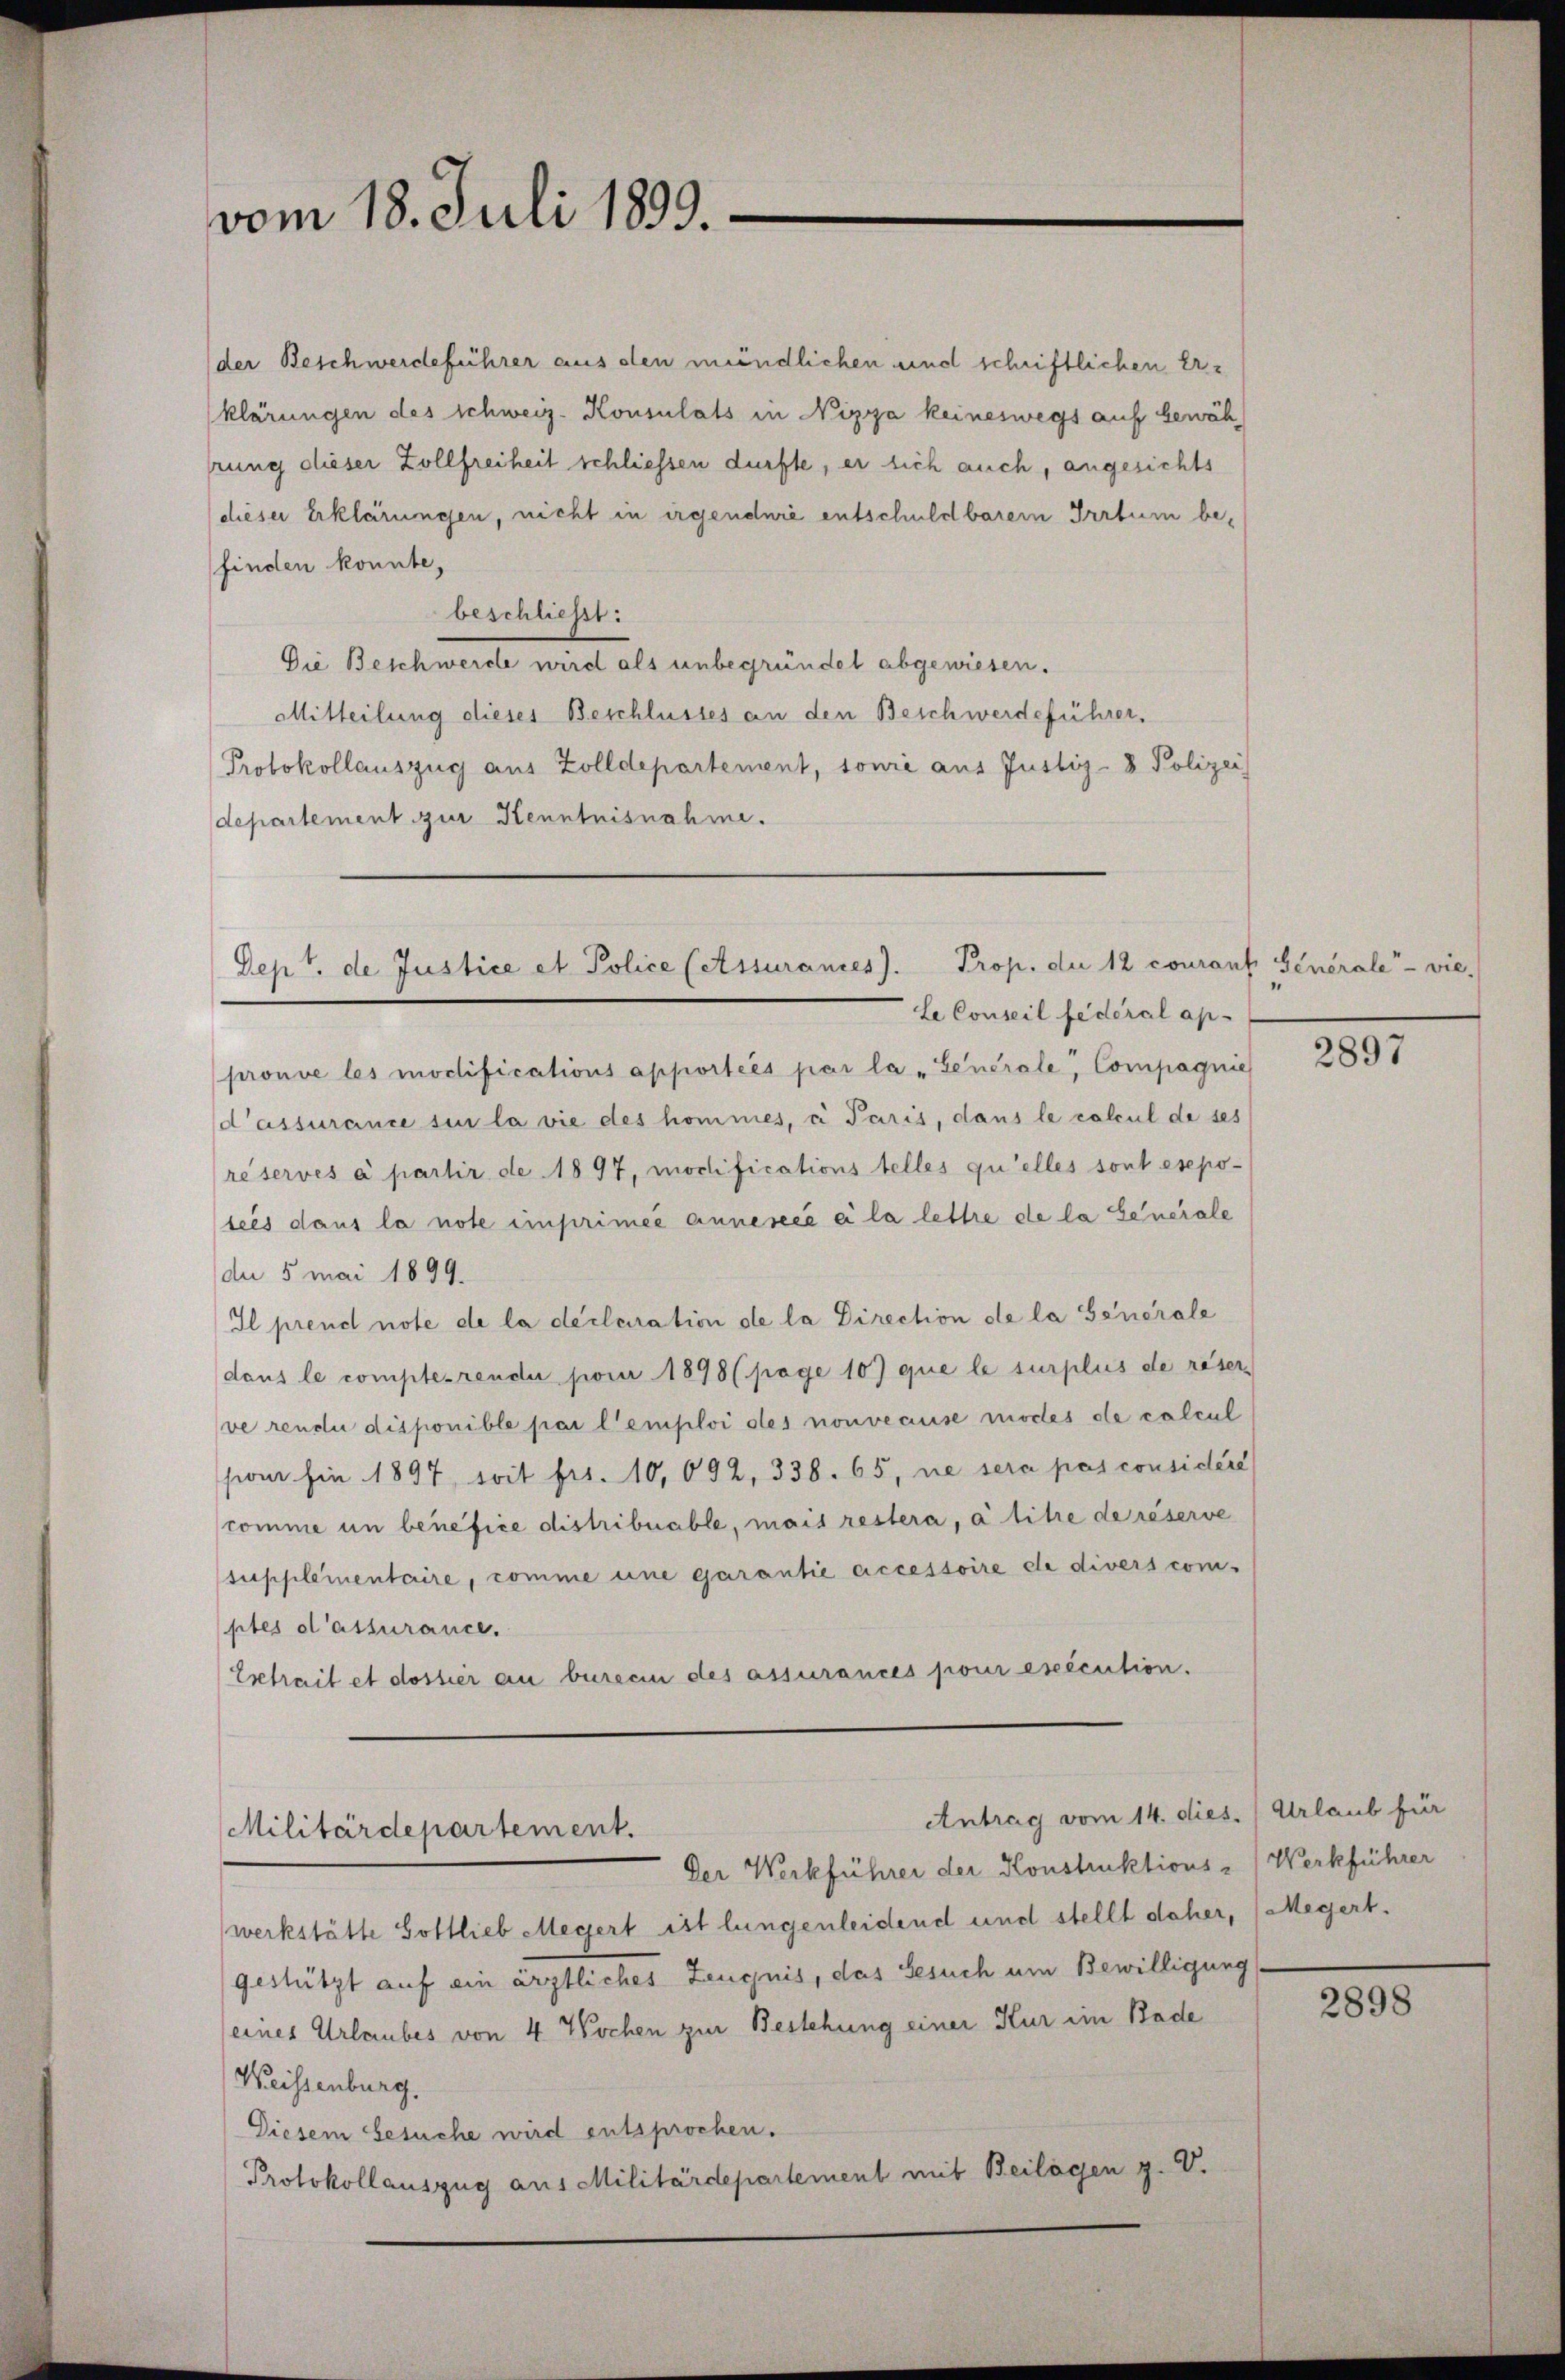
vom 18. Juli 1899.

der Beschwerdeführer aus den mündlichen und schriftlichen Erklärungen des schweiz. Konsulats in Nizza keineswegs auf gewäh
lung dieser Zollfreiheit schliessen dürfte, er sich auch, angesichts
dieser Erklärungen, nicht in irgendwie entschuldbarer Irrtum befinden konnte,
beschließt:
Die Beschwerde wird als unbegründet abgewiesen.
Mitteilung dieses Beschlusses an den Beschwerdeführer.
Protokollauszug aus Zolldepartement, sowie aus Justiz- & Polizei
departement zur Kenntnisnahme.
Le Conseil fédéral ap-
prouve les modifications apportées par la " Generale, Compagnie
d’assurance sin la vie des hommes, di Paris, dans le calcul de ses
réservés à partir de 1897, modifications telles qu’elles sont esepo-
teés dans la note imprimée annesecé ei la lettre de la Generale
de 5 mai 1899.
Il prend note de la déclaration de la Direction de la Generale
dans le compterendu pour 1898 (page 10) que le surplus de reser
ve rende disponible par l’emploi des nouveause modes de calcul
sion hin 1897, soit fr. 10,092, 338. 65, ne sera pas considéré
comme in benefice distribuable, mais restera, à titre de réserve
supplementaire, comme eine garantie accessoire de divers com-
ptes d’assurance.
Extrait et dossier an berecen des assurances pour exécution.

Dept. de Justice et Police (Assurances). Prop. die 12 couranz Générale - vie

Antrag vom 14. dies. (Urlaub für
Militärdepartement.

Der Werkführer der Konstruktions-Werkführer
werkstätte Gottlieb Megert ist lungenleidend und stellt daher, (Megert.
gestützt auf ein ärztliches Zeugnis, das Gesuch um Bewilligung
eines Urlaubes von 4 Wochen zur Bestehung einer Kur im Bade
Weissenburg.
Diesem besuche wird entsprochen.
Protokollauszug aus Militärdepartement mit Beilagen z. V.

2897

2898